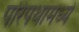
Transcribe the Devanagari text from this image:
परिपथामध्ये